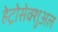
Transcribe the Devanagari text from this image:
हेट्रोसेक्शुअल